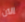
الآن